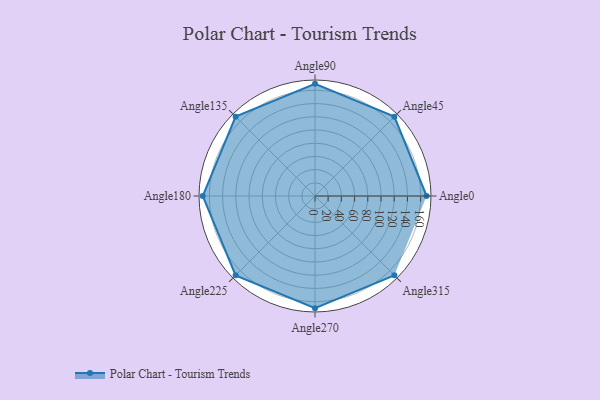
{"axis": {"x": "Angle", "y": "Radius"}, "legend": [""], "data": [{"x": "Angle0", "y": 169.0, "type": ""}, {"x": "Angle45", "y": 170, "type": ""}, {"x": "Angle90", "y": 170, "type": ""}, {"x": "Angle135", "y": 170, "type": ""}, {"x": "Angle180", "y": 170, "type": ""}, {"x": "Angle225", "y": 170, "type": ""}, {"x": "Angle270", "y": 170, "type": ""}, {"x": "Angle315", "y": 170, "type": ""}]}